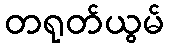
တရုတ်ယွမ်